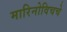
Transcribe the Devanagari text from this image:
मारिनोविचचे